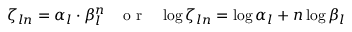
\begin{array} { r } { \zeta _ { l n } = \alpha _ { l } \cdot \beta _ { l } ^ { n } \; \; \; \mathrm { ~ o ~ r ~ } \; \; \; \log \zeta _ { l n } = \log \alpha _ { l } + n \log \beta _ { l } } \end{array}